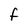
Character: F